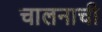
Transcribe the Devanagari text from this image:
चालनाची